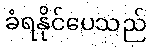
ခံရနိုင်ပေသည်